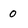
Character: 0